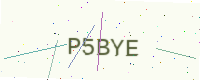
Text: P5BYE